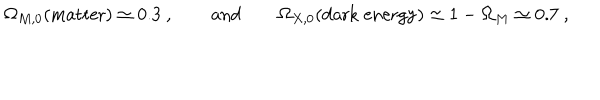
LaTeX: \Omega _ { M , 0 } ( \mathrm { m a t t e r } ) \simeq 0 . 3 ~ , \qquad \mathrm { a n d } \qquad \Omega _ { X , 0 } ( \mathrm { d a r k ~ e n e r g y } ) \simeq 1 - \Omega _ { M } \simeq 0 . 7 ~ ,